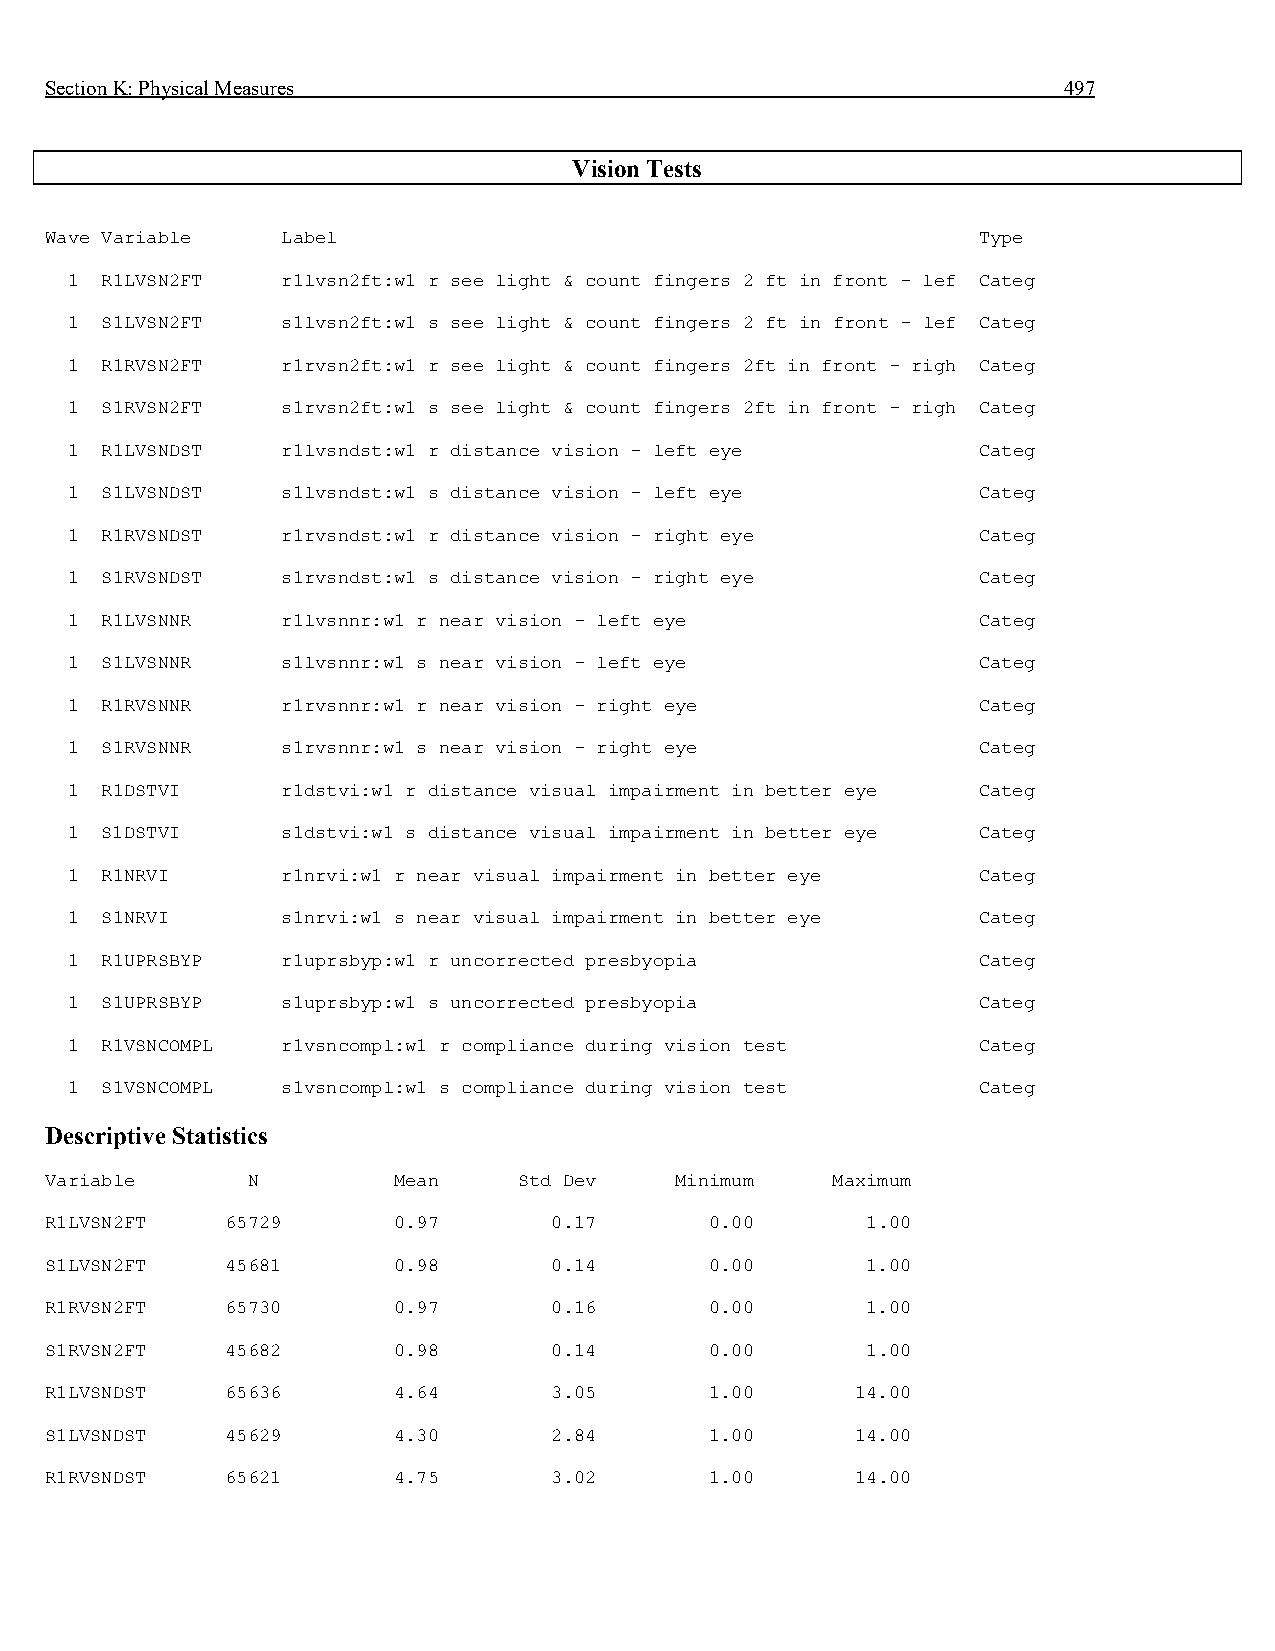
Section K: Physical Measures                                       497
 Vision Tests
 Wave Variable   Label                                         Type
 1  R1LVSN2FT   r1lvsn2ft:w1 r see light & count fingers 2 ft in front - lef Categ
 1  S1LVSN2FT   s1lvsn2ft:w1 s see light & count fingers 2 ft in front - lef Categ
 1  R1RVSN2FT   r1rvsn2ft:w1 r see light & count fingers 2ft in front - righ Categ
 1  S1RVSN2FT   s1rvsn2ft:w1 s see light & count fingers 2ft in front - righ Categ
 1  R1LVSNDST   r1lvsndst:w1 r distance vision - left eye     Categ
 1  S1LVSNDST   s1lvsndst:w1 s distance vision - left eye     Categ
 1  R1RVSNDST   r1rvsndst:w1 r distance vision - right eye    Categ
 1  S1RVSNDST   s1rvsndst:w1 s distance vision - right eye    Categ
 1  R1LVSNNR    r1lvsnnr:w1 r near vision - left eye          Categ
 1  S1LVSNNR    s1lvsnnr:w1 s near vision - left eye          Categ
 1  R1RVSNNR    r1rvsnnr:w1 r near vision - right eye         Categ
 1  S1RVSNNR    s1rvsnnr:w1 s near vision - right eye         Categ
 1  R1DSTVI     r1dstvi:w1 r distance visual impairment in better eye Categ
 1  S1DSTVI     s1dstvi:w1 s distance visual impairment in better eye Categ
 1  R1NRVI      r1nrvi:w1 r near visual impairment in better eye Categ
 1  S1NRVI      s1nrvi:w1 s near visual impairment in better eye Categ
 1  R1UPRSBYP   r1uprsbyp:w1 r uncorrected presbyopia         Categ
 1  S1UPRSBYP   s1uprsbyp:w1 s uncorrected presbyopia         Categ
 1  R1VSNCOMPL  r1vsncompl:w1 r compliance during vision test Categ
 1  S1VSNCOMPL  s1vsncompl:w1 s compliance during vision test Categ
 Descriptive Statistics
 Variable     N         Mean    Std Dev    Minimum   Maximum
 R1LVSN2FT   65729      0.97      0.17       0.00      1.00
 S1LVSN2FT   45681      0.98      0.14       0.00      1.00
 R1RVSN2FT   65730      0.97      0.16       0.00      1.00
 S1RVSN2FT   45682      0.98      0.14       0.00      1.00
 R1LVSNDST   65636      4.64      3.05       1.00      14.00
 S1LVSNDST   45629      4.30      2.84       1.00      14.00
 R1RVSNDST   65621      4.75      3.02       1.00      14.00